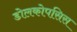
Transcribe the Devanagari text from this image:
डोलकोपसिस